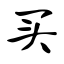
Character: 买